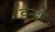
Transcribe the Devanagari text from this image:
डन्डों